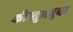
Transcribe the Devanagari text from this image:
कौस्तुभबुवा